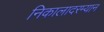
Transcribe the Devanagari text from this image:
निकालादरम्यान